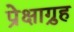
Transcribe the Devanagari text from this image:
प्रेक्षाग़्रुह